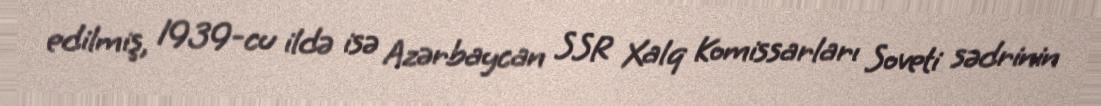
edilmiş, 1939-cu ildə isə Azərbaycan SSR Xalq Komissarları Soveti sədrinin